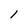
Character: l